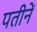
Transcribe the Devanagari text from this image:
पतीनें